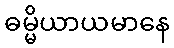
ဓမ္မိယာယမာနေ